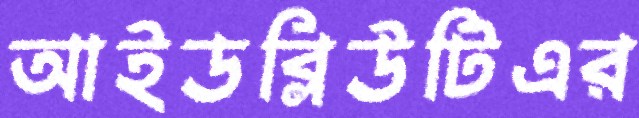
আইডব্লিউটিএর